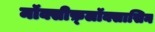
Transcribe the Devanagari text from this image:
मॉक्सीफ़्लॉक्सासिन